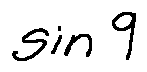
\sin 9